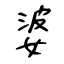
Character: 婆